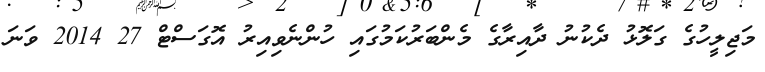
މަޖިލީހުގެ ގަލޮޅު ދެކުނު ދާއިރާގެ މެންބަރުކަމުގައި ހުންނެވިއިރު އޮގަސްޓް 27 2014 ވަނަ